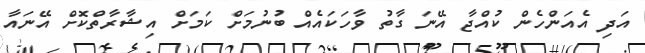
އަދި އެއަންހެން ކުއްޖާ އޭނަ ގާތު ވާހަކައެއް ބުނުމަށް ކަމަށް އިޝާރާތްކޮށް އޭނައާ